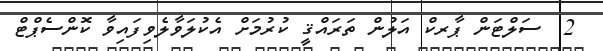
2  ސަލްޓަން ޕާރކް އަލުން ތަރައްޤީ ކުރުމަށް އެކުލަވާލެވިފައިވާ ކޮންސެޕްޓް